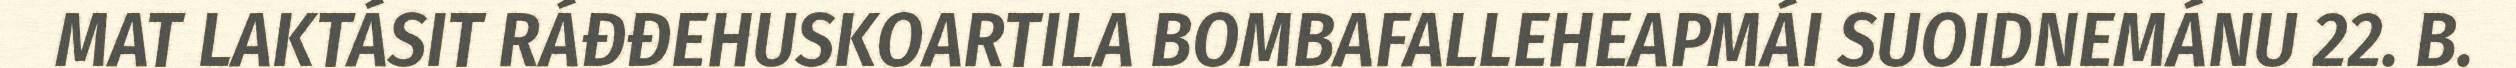
MAT LAKTÁSIT RÁĐĐEHUSKOARTILA BOMBAFALLEHEAPMÁI SUOIDNEMÁNU 22. B.